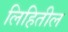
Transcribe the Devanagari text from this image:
लिहितील